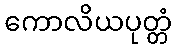
ကောလိယပုတ္တံ